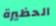
الحظيرة